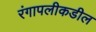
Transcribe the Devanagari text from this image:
रंगापलीकडील